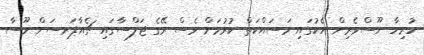
ހުރިހާ ނޫސްވެރިން އެކުގައި މަސައްކަތް ކުރުމަށް ވެސް ރޭގެ ޖަލްސާގައި ޗެއާޕަރސަން މޫސާ